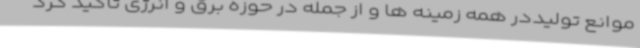
موانع تولیددر همه زمینه ها و از جمله در حوزه برق و انرژی تاکید کرد